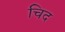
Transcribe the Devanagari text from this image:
चिद